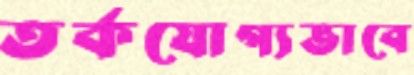
তর্কযোগ্যভাবে